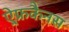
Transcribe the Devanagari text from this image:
ऐ्फ्रकैनस